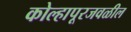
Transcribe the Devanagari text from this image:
कोल्हापूरजवळील